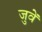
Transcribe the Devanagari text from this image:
जुवें